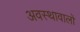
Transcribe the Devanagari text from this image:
अवस्थावालों